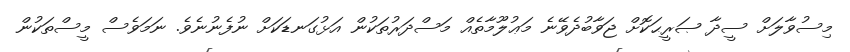
މިސުވާލަށް ސީދާ ޞަރީޙަކޮށް ޖަވާބުދެވޭނެ މަޢުލޫމާތެއް މަސްދަރުތަކުން އަޅުގަނޑަކަށް ނުފެނުނެވެ. ނަމަވެސް މީސްތަކުން